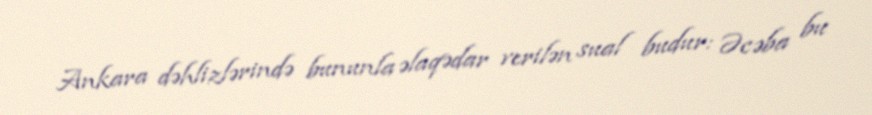
Ankara dəhlizlərində bununla əlaqədar verilən sual budur: Əcəba bu